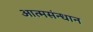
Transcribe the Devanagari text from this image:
आत्मसंन्धान